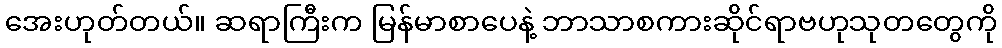
အေးဟုတ်တယ်။ ဆရာကြီးက မြန်မာစာပေနဲ့ ဘာသာစကားဆိုင်ရာဗဟုသုတတွေကို